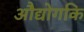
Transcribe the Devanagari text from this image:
औद्योगकि